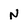
Character: N